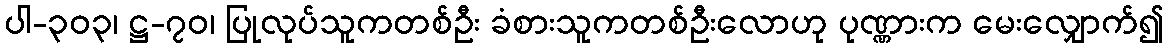
ပါ-၃၀၃၊ ဋ္ဌ-၇၀၊ ပြုလုပ်သူကတစ်ဦး ခံစားသူကတစ်ဦးလောဟု ပုဏ္ဏားက မေးလျှောက်၍